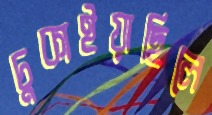
চুকাইয়াছিলে